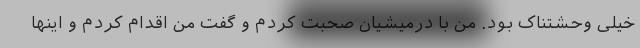
خیلی وحشتناک بود. من با درمیشیان صحبت کردم و گفت من اقدام کردم و اینها